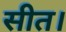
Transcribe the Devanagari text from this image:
सीत।